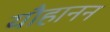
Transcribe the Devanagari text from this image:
यौहानन